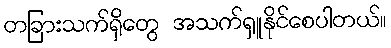
တခြားသက်ရှိတွေ အသက်ရှူနိုင်စေပါတယ်။